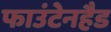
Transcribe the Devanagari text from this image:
फाउंटेनहैड